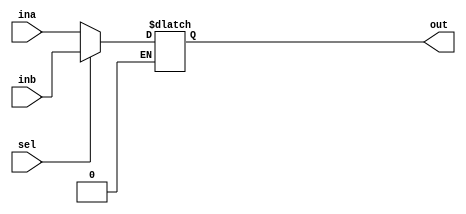
`timescale 1ns / 1ps
//////////////////////////////////////////////////////////////////////////////////
// Company: 
// Engineer: 
// 
// Design Name: 
// Module Name: mux2_1
// Project Name: 
// Target Devices: 
// Tool Versions: 
// Description: 
// 
// Dependencies: 
// 
// Revision:
// Revision 0.01 - File Created
// Additional Comments:
// 
//////////////////////////////////////////////////////////////////////////////////


module mux2_1(input[31:0] ina, inb, input sel, output[31:0] out);
    reg[31:0] out1;
    always@(ina, inb, sel)
    begin
    if (sel == 0)
        out1 = ina;
    else if (sel == 1)
        out1 = inb;
    end
    assign out = out1;
endmodule